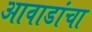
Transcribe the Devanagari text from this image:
आवाडांचा